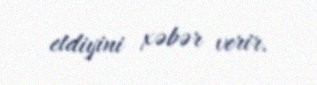
etdiyini xəbər verir.